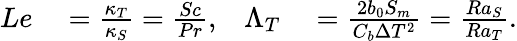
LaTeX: \begin{array}{rlrl}{Le}&{{}=\frac{\kappa_{T}}{\kappa_{S}}={\frac{Sc}{Pr}},}&{\Lambda_{T}}&{{}=\frac{2b_{0}S_{m}}{C_{b}\Delta T^{2}}={\frac{Ra_{S}}{Ra_{T}}}.}\end{array}